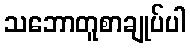
သဘောတူစာချုပ်ပါ